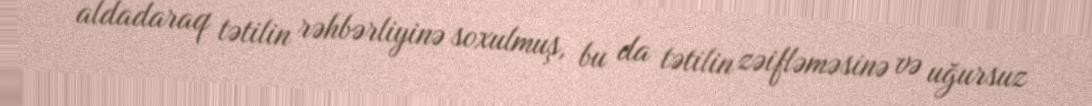
aldadaraq tətilin rəhbərliyinə soxulmuş, bu da tətilin zəifləməsinə və uğursuz